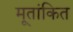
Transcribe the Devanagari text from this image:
मूतांकित